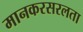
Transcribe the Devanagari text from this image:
मानकरसरलता